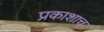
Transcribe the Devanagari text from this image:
प्रकाशाच